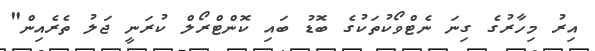
އިރު މިހާރުގެ ގިނަ ނެޓްވޯކުތަކުގެ ބޮޑު ބައި ކޮންޓްރޯލް ކުރަނީ ޖަލު ތެރެއިން"